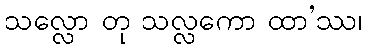
သလ္လော တု သလ္လကော ထာ’ဿ၊